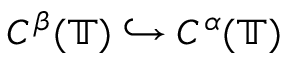
C ^ { \beta } ( \mathbb { T } ) \hookrightarrow C ^ { \alpha } ( \mathbb { T } )